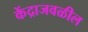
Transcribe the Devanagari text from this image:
केंद्राजवळील